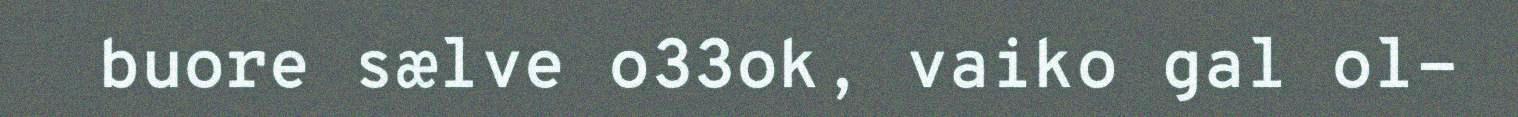
buore sælve o33ok, vaiko gal ol-